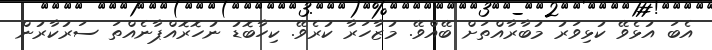
އެބަ އުޅެވޭ ކުޅިވަރު މުބާރާއްތަށް ބޭއްވޭ. މުޒާހަރާ ކުރެވޭ. ކިހާބޮޑު ނުހޮރޮއްޕާނެއްތަ ސަރުކާރުން